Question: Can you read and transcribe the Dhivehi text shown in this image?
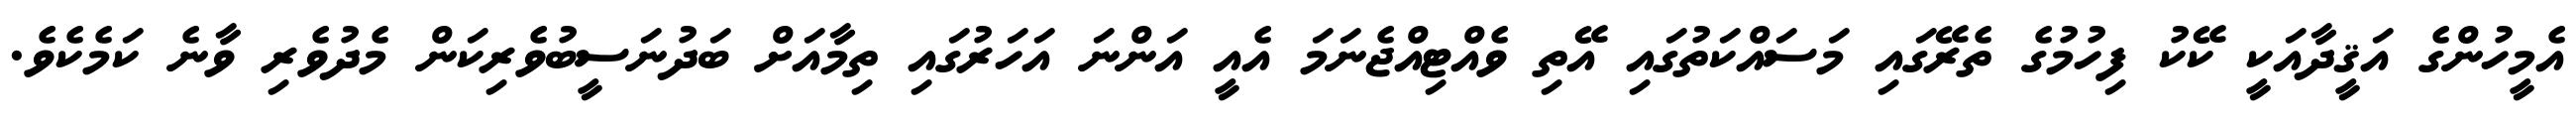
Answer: އެމީހުންގެ އަޤީދާއަކީ ކޭކު ފިހުމުގެ ތެރޭގައި މަސައްކަތުގައި އޭތި ވެއްޓިއްޖެނަމަ އެއީ އަންނަ އަހަރުގައި ތިމާއަށް ބަދުނަސީބުވެރިކަން މެދުވެރި ވާނެ ކަމެކެވެ.